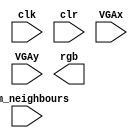
module rules(
		input wire       clk,
		input wire       clr, //asynchronous reset
    input wire [4:0] sum_neighbours,
		input wire [9:0] VGAx,
		input wire [9:0] VGAy,
		output reg [2:0] rgb
		);

   parameter MAX_j = 14;
   parameter MAX_i = 19;
   reg [0:MAX_i] screen [0:MAX_j];
   reg [0:MAX_i] next_screen [0:MAX_j];
   reg [9:0] 	 i;
   reg [9:0] 	 j;

   wire [4:0] 			   x = VGAx[9:5];
   wire [3:0] 			   y = VGAy[8:5];


   //Rules of Conways's Game of Life
   always @(*)
     begin
	      //if the cell is alive
	      if (screen[y][x] == 1)
	        begin
	           case (sum_neighbours)
	             //Any live cell with fewer than two live neighbours dies, as if caused by underpopulation.
	             4'b0000, 4'b0001: next_screen[y][x] = 0;
	             //Any live cell with two or three live neighbours lives on to the next generation.
	             4'b0010, 4'b0011: next_screen[y][x] = 1;
	             //Any live cell with more than three live neighbours dies, as if by overpopulation.
	             default: next_screen[y][x] = 0;
	           endcase
	        end // if (screen[y][x] == 1)
	      //if the cell is dead
	      else
	        begin
	           case (sum_neighbours)
	             //Any dead cell with exactly three live neighbours becomes a live cell, as if by reproduction.
	             4'b0011: next_screen[y][x] = 1;
	             default: next_screen[y][x] = 0;
	           endcase // case (sum_neighbours)
	        end // if (screen[y][x] == 0)
     end
endmodule